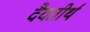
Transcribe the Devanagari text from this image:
दैवतीर्थ